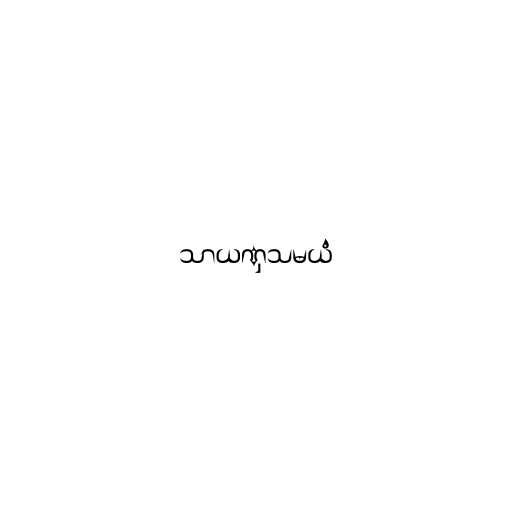
သာယဏှသမယံ